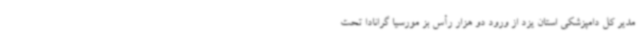
مدیر کل دامپزشکی استان یزد از ورود دو هزار رأس بز مورسیا گرانادا تحت